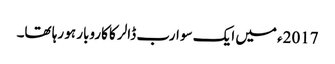
2017ء میں ایک سو ارب ڈالر کا کاروبار ہو رہا تھا۔